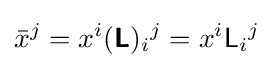
{\bar {x}}^{j}=x^{i}({\boldsymbol {\mathsf {L}}})_{i}{}^{j}=x^{i}{\mathsf {L}}_{i}{}^{j}